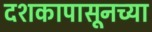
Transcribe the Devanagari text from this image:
दशकापासूनच्या